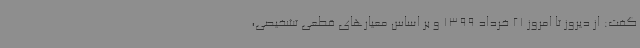
گفت: از دیروز تا امروز 21 خرداد 1399 و بر اساس معیارهای قطعی تشخیصی،